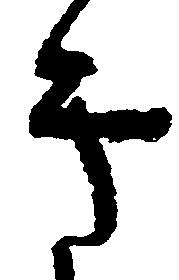
き